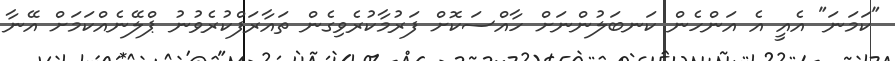
"ކަމަނަ" އެއީ އެ އަންހެން ކަނބަލުންނަށް ހާއްސަކޮށް ފަރުމާކުރެވިގެން ތައާރަފްކުރެވުނު ޕްލޭނެއްކަަމަށް އޭނާ